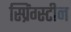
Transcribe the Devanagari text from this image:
स्प्रिंग्स्टीन